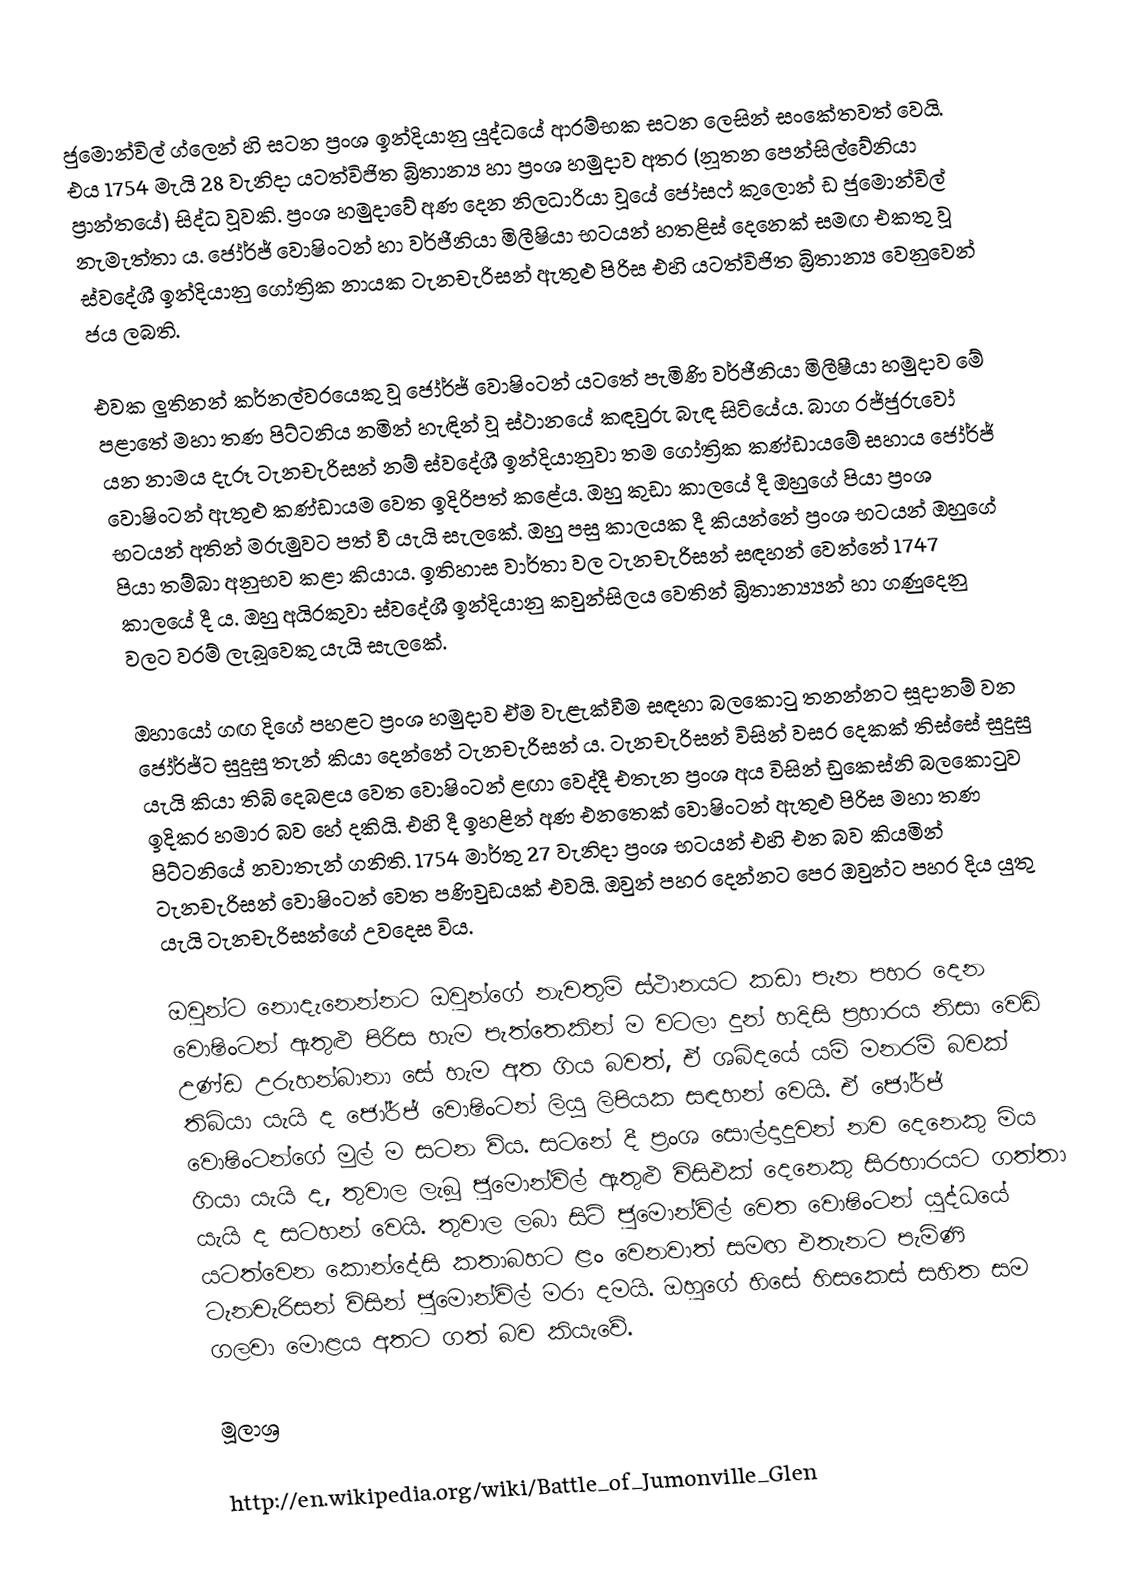
ජුමොන්විල් ග්ලෙන් හි සටන ප්‍රංශ ඉන්දියානු යුද්ධයේ ආරම්භක සටන ලෙසින් සංකේතවත් වෙයි. එය 1754 මැයි 28 වැනිදා යටත්විජිත බ්‍රිතාන්‍ය හා ප්‍රංශ හමුදාව අතර (නූතන පෙන්සිල්වේනියා ප්‍රාන්තයේ) සිද්ධ වූවකි. ප්‍රංශ හමුදාවේ අණ දෙන නිලධාරියා වූයේ ජෝසෆ් කුලොන් ඩ ජුමොන්විල් නැමැත්තා ය. ජෝර්ජ් වොෂිංටන් හා වර්ජීනියා මිලීෂියා භටයන් හතළිස් දෙනෙක් සමඟ එකතු වූ ස්වදේශී ඉන්දියානු ගෝත්‍රික නායක ටැනචැරිසන් ඇතුළු පිරිස එහි යටත්විජිත බ්‍රිතාන්‍ය වෙනුවෙන් ජය ලබති.

එවක ලුතිනන් කර්නල්වරයෙකු වූ ජෝර්ජ් වොෂිංටන් යටතේ පැමිණි වර්ජීනියා මිලීෂීයා හමුදාව මේ පළාතේ මහා තණ පිට්ටනිය නමින් හැඳින් වූ ස්ථානයේ කඳවුරු බැඳ සිටියේය. බාග රජ්ජුරුවෝ යන නාමය දැරූ ටැනචැරිසන් නම් ස්වදේශී ඉන්දියානුවා තම ගෝත්‍රික කණ්ඩායමේ සහාය ජෝර්ජ් වොෂිංටන් ඇතුළු කණ්ඩායම වෙත ඉදිරිපත් කළේය. ඔහු කුඩා කාලයේ දී ඔහුගේ පියා ප්‍රංශ භටයන් අතින් මරුමුවට පත් වී යැයි සැලකේ. ඔහු පසු කාලයක දී කියන්නේ ප්‍රංශ භටයන් ඔහුගේ පියා තම්බා අනුභව කළා කියාය. ඉතිහාස වාර්තා වල ටැනචැරිසන් සඳහන් වෙන්නේ 1747 කාලයේ දී ය. ඔහු අයිරකුවා ස්වදේශී ඉන්දියානු කවුන්සිලය වෙතින් බ්‍රිතාන්‍ය්‍යන් හා ගණුදෙනු වලට වරම් ලැබූවෙකු යැයි සැලකේ.

ඔහායෝ ගඟ දිගේ පහළට ප්‍රංශ හමුදාව ඒම වැළැක්වීම සඳහා බලකොටු තනන්නට සූදානම් වන ජෝර්ජ්ට සුදුසු තැන් කියා දෙන්නේ ටැනචැරිසන් ය. ටැනචැරිසන් විසින් වසර දෙකක් තිස්සේ සුදුසු යැයි කියා තිබි දෙබළය වෙත වොෂිංටන් ළඟා වෙද්දී එතැන ප්‍රංශ අය විසින් ඩුකෙස්නි බලකොටුව ඉදිකර හමාර බව හේ දකියි. එහි දී ඉහළින් අණ එනතෙක් වොෂිංටන් ඇතුළු පිරිස මහා තණ පිට්ටනියේ නවාතැන් ගනිති. 1754 මාර්තු 27 වැනිදා ප්‍රංශ භටයන් එහි එන බව කියමින් ටැනචැරිසන් වොෂිංටන් වෙත පණිවුඩයක් එවයි. ඔවුන් පහර දෙන්නට පෙර ඔවුන්ට පහර දිය යුතු යැයි ටැනචැරිසන්ගේ උවදෙස විය.

ඔවුන්ට නොදැනෙන්නට ඔවුන්ගේ නැවතුම් ස්ථානයට කඩා පැන පහර දෙන වොෂිංටන් ඇතුළු පිරිස හැම පැත්තෙකින් ම වටලා දුන් හදිසි ප්‍රහාරය නිසා වෙඩි උණ්ඩ උරුහන්බානා සේ හැම අත ගිය බවත්, ඒ ශබ්දයේ යම් මනරම් බවක් තිබියා යැයි ද ජෝර්ජ් වොෂිංටන් ලියූ ලිපියක සඳහන් වෙයි. ඒ ජෝර්ජ් වොෂිංටන්ගේ මුල් ම සටන විය. සටනේ දී ප්‍රංශ සොල්දාදුවන් නව දෙනෙකු මිය ගියා යැයි ද, තුවාල ලැබූ ජුමොන්විල් ඇතුළු විසිඑක් දෙනෙකු සිරභාරයට ගත්තා යැයි ද සටහන් වෙයි. තුවාල ලබා සිටි ජුමොන්විල් වෙත වොෂිංටන් යුද්ධයේ යටත්වෙන කොන්දේසි කතාබහට ළං වෙනවාත් සමඟ එතැනට පැමිණි ටැනචැරිසන් විසින් ජුමොන්විල් මරා දමයි. ඔහුගේ හිසේ හිසකෙස් සහිත සම ගලවා මොළය අතට ගත් බව කියැවේ.

මූලාශ්‍ර

http://en.wikipedia.org/wiki/Battle_of_Jumonville_Glen